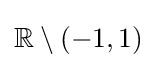
\mathbb {R} \setminus (-1,1)